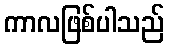
ကာလဖြစ်ပါသည်